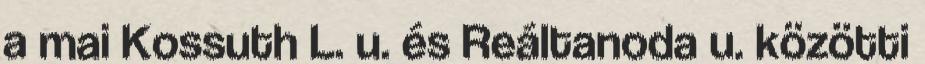
a mai Kossuth L. u. és Reáltanoda u. közötti